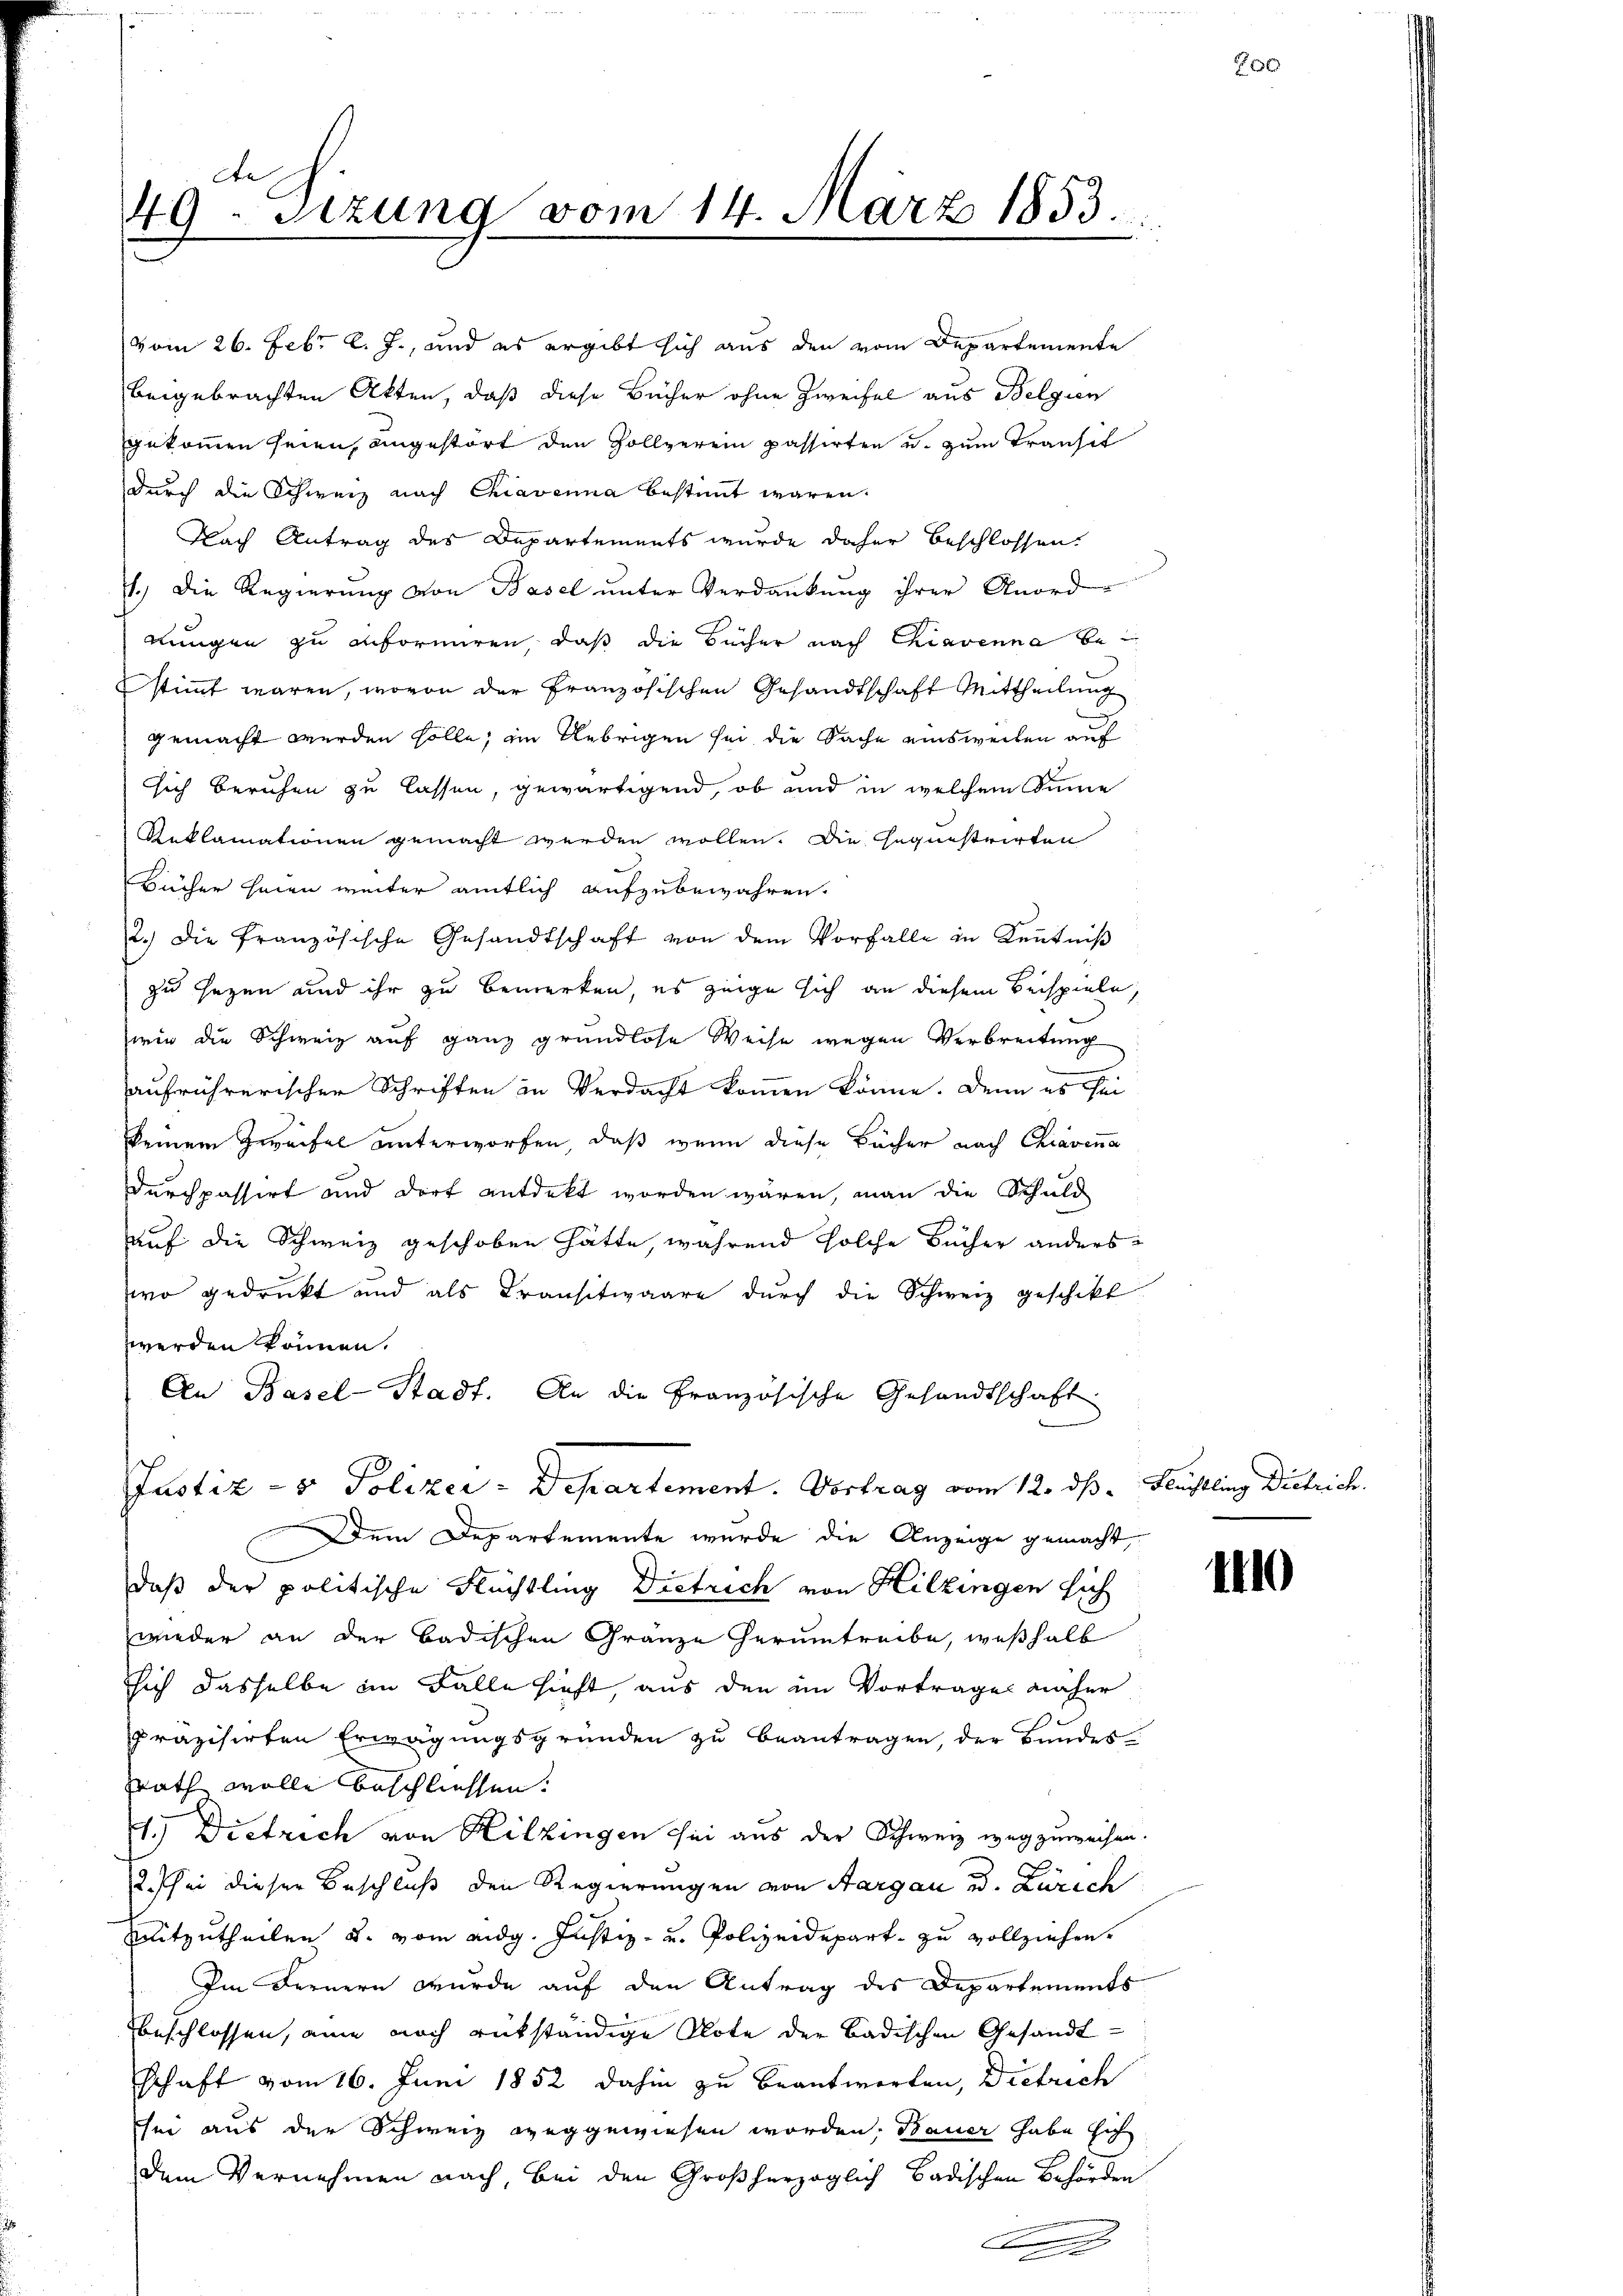
dh.
49. Sizung vom 14. März 1853.

durch die Schweiz nach Chiavenna bestimmt waren.
Nach Antrag des Departements wurde daher beschlossen.
1.) Die Regierung von Basel unter Verdankung ihrer Anord-
nungen zu anformiren, daß die Bücher nach Chiavenna bestimmt waren, wovon der Französischen Gesandtschaft Mittheilung
gemacht werden solle; im Uebrigen sei die Sache einsweilen auf
sich beruhen zu lassen, gewärtigend, ob und in welchem Sinne
Reklamationen gemacht werden wollen. Die Jnquistrirten
Bücher seien weiter amtlich aufzubewahren.
2.) Die französische Gesandtschaft von dem Vorfalle in Kenntniß
zu sezen und ihr zu bemerken, es zeige sich an diesem Beispiele.
wie die Schweiz auf ganz grundlose Weise wegen Verbreitung
aufrührerischen Schriften in Verdacht kommen könne. Denn es sei
keinem Zweifel unterworfen, daß wenn diese Bächer nach Chiavena
Durchpassirt und dort entdeckt worden wären, man die Schuld
auf die Schweiz geschoben hätte, während solche Bücher anders
wo gedruckt und als Transitwaare durch die Schweiz geschikt
werden können.
An Basel-Stadt. An die Französische Gesandtschaft
Justiz- & Polizer-Departement. Vortrag vom 12. ds. Flüchtling Dietrich.
Dem Departemente wurde die Anzeige gemacht,
daß der politische Flüchtling Dietrich von Hitzingen sich
wieder an der badischen Gränze herumtreibe, weßhalb
sich dasselbe im Falle hieht, aus den im Vortrages anher
präzisirten Erwägungsgründen zu beantragen, der Bundessrath wolle beschliessen.
1.) Dietrich von Hitzingen sei aus der Schweiz wegzuweisen.
2. sei dieser Beschluß den Regierungen von Aargau u. Zürich
mitzutheilen u. vom eidg. Justiz- u. Polizeidepart zu vollziehen.
Im Fernern wurde auf den Antrag des Departements
beschlossen, eine noch rükständige Note der badischen Gesandtschaft vom 16. Juni 1852 dahin zu beantworten, Dietrich
sei aus der Schweiz weggewiesen worden, Bauer habe sich
dem Vernehmen nach, bei den Großherzoglich badischen Behörden

vom 26. Febr. l. J., und es ergibt sich aus den vom Departemente
beigebrachten Akten, daß diese Bücher ohne Zweifel aus Belgien
gekommen seien, angestört den Zollverein passirten u. zum Transit

.

140